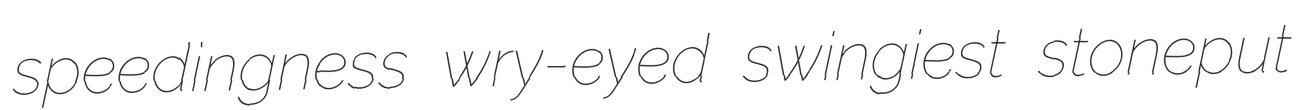
speedingness wry-eyed swingiest stoneput